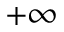
+ \infty